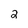
Character: 2